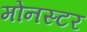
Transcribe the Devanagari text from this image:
मोनस्टर